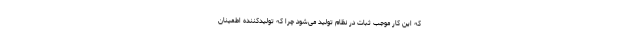
که این کار موجب ثبات در نظام تولید می‌شود چرا که تولیدکننده اطمینان